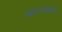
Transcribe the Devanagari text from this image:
आइनस्टाइनचा